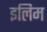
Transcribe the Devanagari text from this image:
इलिम